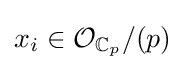
x_{i}\in {\mathcal {O}}_{\mathbb {C} _{p}}/(p)